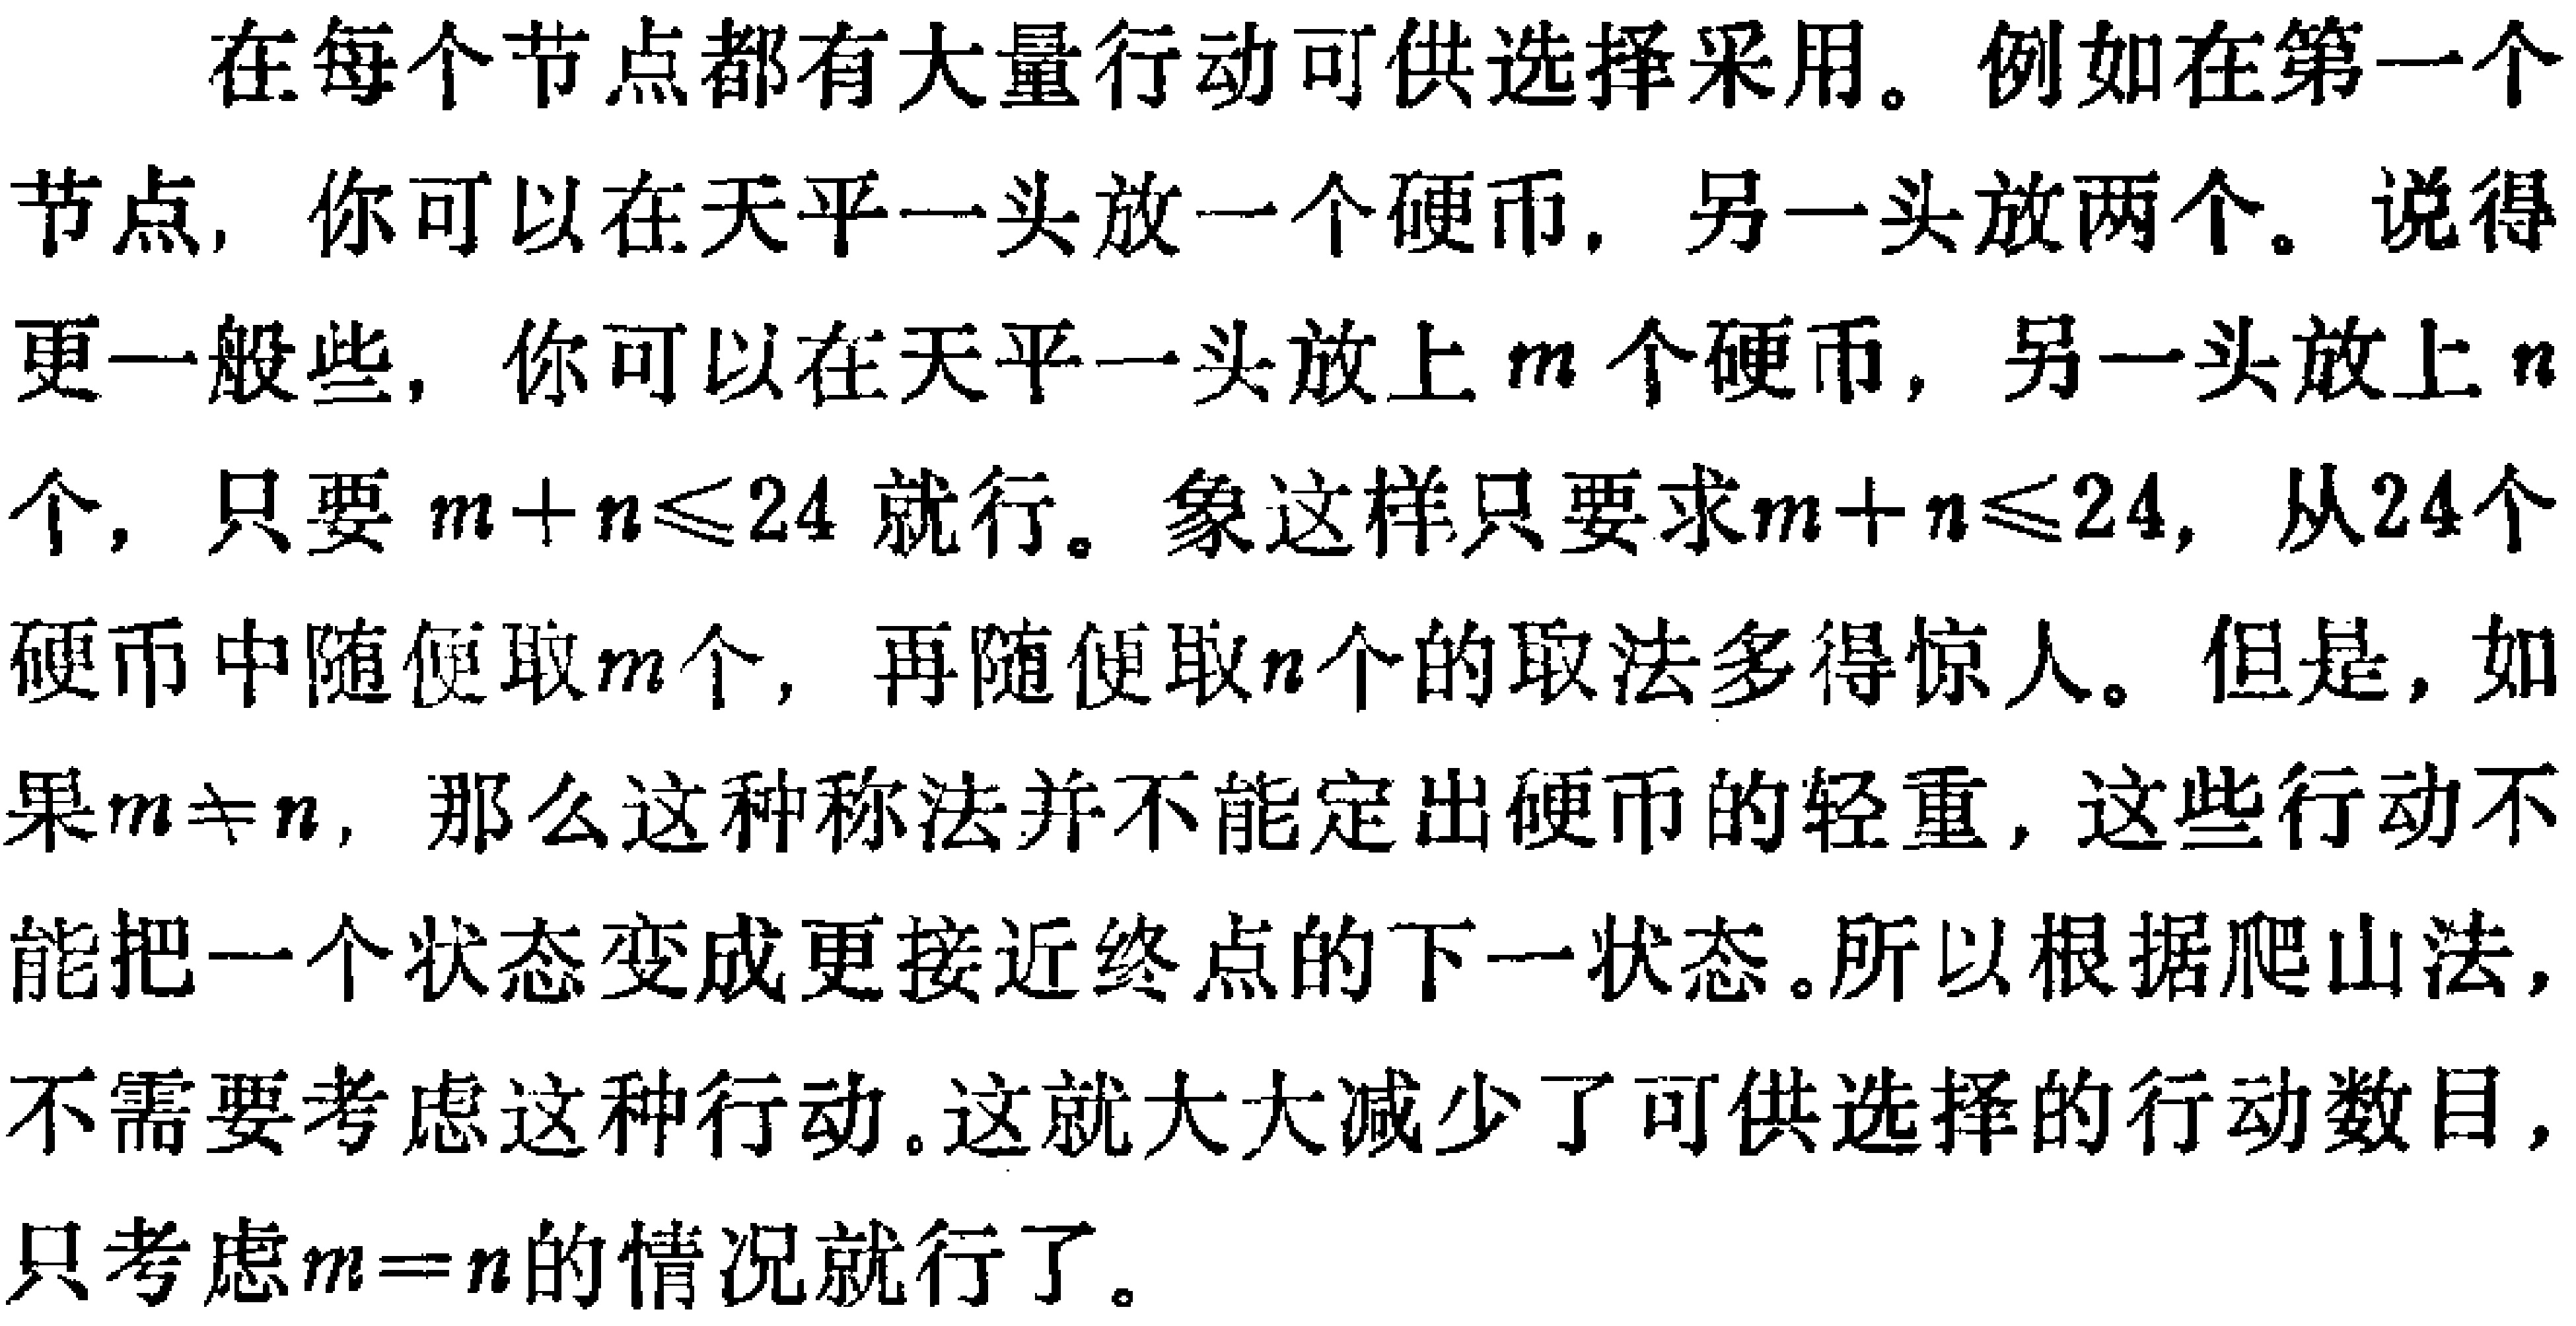
在每个节点都有大量行动可供选择采用。例如在第一个节点，你可以在天平一头放一个硬币，另一头放两个。说得更一般些，你可以在天平一头放上\(m\)个硬币，另一头放上\(n\)个，只要\(m + n\leqslant24\)就行。象这样只要求\(m + n\leqslant24\)，从24个硬币中随便取\(m\)个，再随便取\(n\)个的取法多得惊人。但是，如果\(m\neq n\)，那么这种称法并不能定出硬币的轻重，这些行动不能把一个状态变成更接近终点的下一状态。所以根据爬山法，不需要考虑这种行动。这就大大减少了可供选择的行动数目，只考虑\(m = n\)的情况就行了。